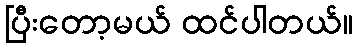
ပြီးတော့မယ် ထင်ပါတယ်။